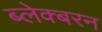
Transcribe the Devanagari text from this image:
ब्लेक्बरन